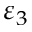
\varepsilon _ { 3 }